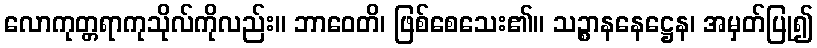
လောကုတ္တရာကုသိုလ်ကိုလည်း။ ဘာဝေတိ၊ ဖြစ်စေသေး၏။ သဉ္စာနနေဋ္ဌေန၊ အမှတ်ပြု၍